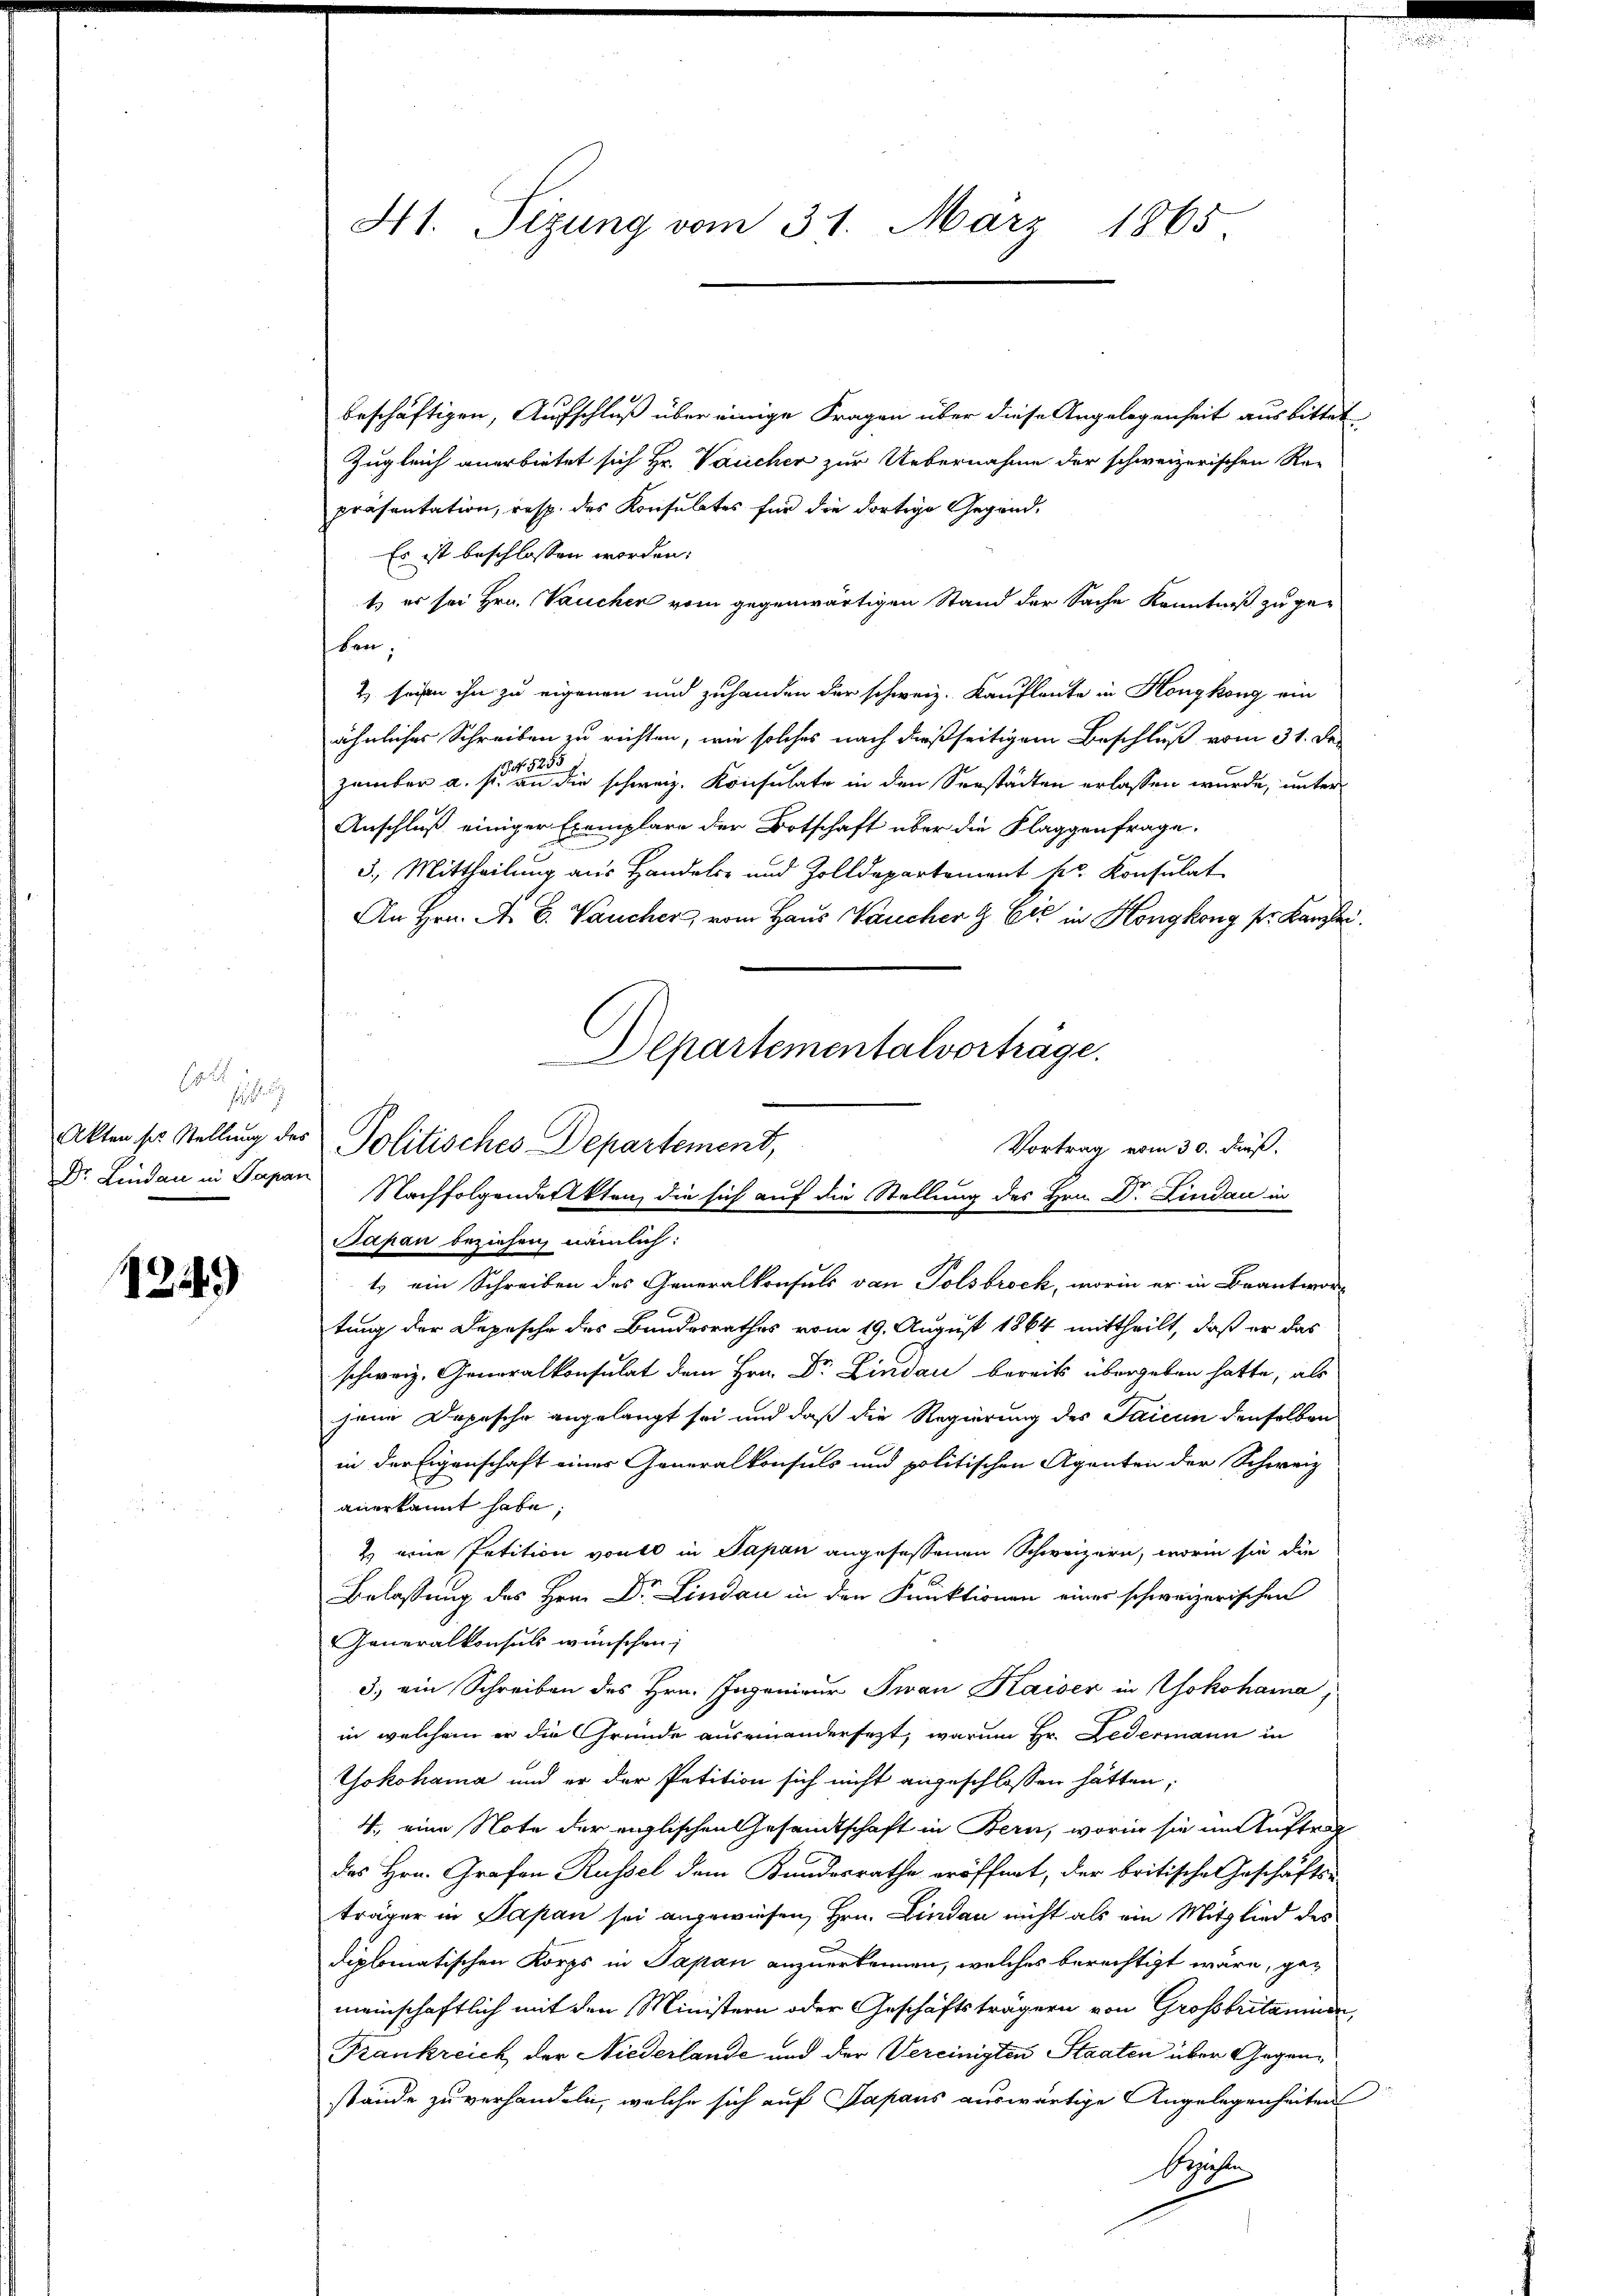
1249

beschäftigen, Aufschluß über einige Fragen über diese Angelegenheit ausbittet
Zugleich anerbietet sich Hr. Vaucher zur Uebernahme der schweizerischen Re-
präsentation, resp. des Konsulates für die dortige Gegend¬
Es ist beschlossen worden:
t) er sei Hrn. Vaucher vom gegenwärtigen Stand der Sache Kenntniß zu geten.
& seien ihn zu eigenen und zuhanden der schweiz. Kaufleute in Hongkong ein
ähnliches Schreiben zu richten, wie solches nach dießseitigem Beschluß vom 31. De
S f. 525
zweiter a. s. an die schweiz. Konsulate in den Seestädten erlassen wurde, unter
Anschluß einiger Exemplare der Botschaft über die Klaggenfrage.
x
5. Mittheilung aus Handels- und Zolldepartement pr. Konsulat
An Hrn. A. B. Vaucher, vom Haus Vaucher & Cie in Höngkong pr. Kanzler
Japan beziehen, nämlich:
1.) ein Schreiben des Generalkonsuls von Polsbrock, worin er in Beantwortung der Depesche des Bundesrathes vom 19. August 1864 mittheilt, daß er das
schweiz. Generalkonsulat dem Hrn. Dr. Lindau bereits übergeben hatte, als
jene Depesche angelangt sei und daß die Regierung des Saicun denselben
in der Eigenschaft eines Generalkonsuls und politischen Agenten der Schweiz
anerkannt habe;
) eine Petition von in Papan angefessenen Schweizern, worin sie die
Belassung des Hrn. Dr. Lindau in den Funktionen einer schweizerischen
Generalkonsuls wünschen;
3.) ein Schreiben des Hrn. Ingenieur Jwan Kaiser in Yokohama,
in welchem er die Gründe auseinandersezt, warum Hr. Ledermann in
Yokohama und er der Petition sich nicht angeschlossen hätten;
4., eine Note der englischen Gesandtschaft in Bern, worin sie in Auftrag
des Hrn. Grafen Russel dem Bundesrathe eröffnet, der britische Geschäfts-
träger in Papan sei angewiesen, Hrn. Lindau nicht als ein Mitglied des
diplomatischen Korps in Japan anzuerkennen, welches berechtigt wäre, gemeinschaftlich mit den Ministern oder Geschäftsträgern von Großbritanier
Frankreich der Niederlande und der Vereinigten Staaten über Gegenstände zu verhandeln, welche sich auf Papans auswärtige Angelegenheiten
Beichen

H1. Sizung vom 31. März 1865.

Departementalvorträge.
Akten so stellung der Politisches Departement,
Vortrag vom 30. Fuß.
Dr. Lindau in Papan Nachfolgendeckten, die sich auf die Stellung des Hrn. Dr. Lindau in